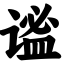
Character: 谧